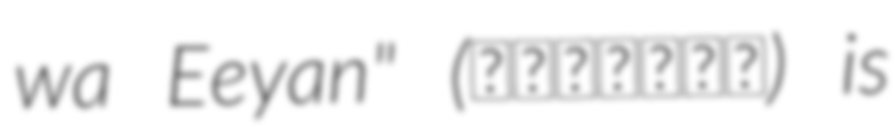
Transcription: wa Eeyan" (今夜はええやん) is